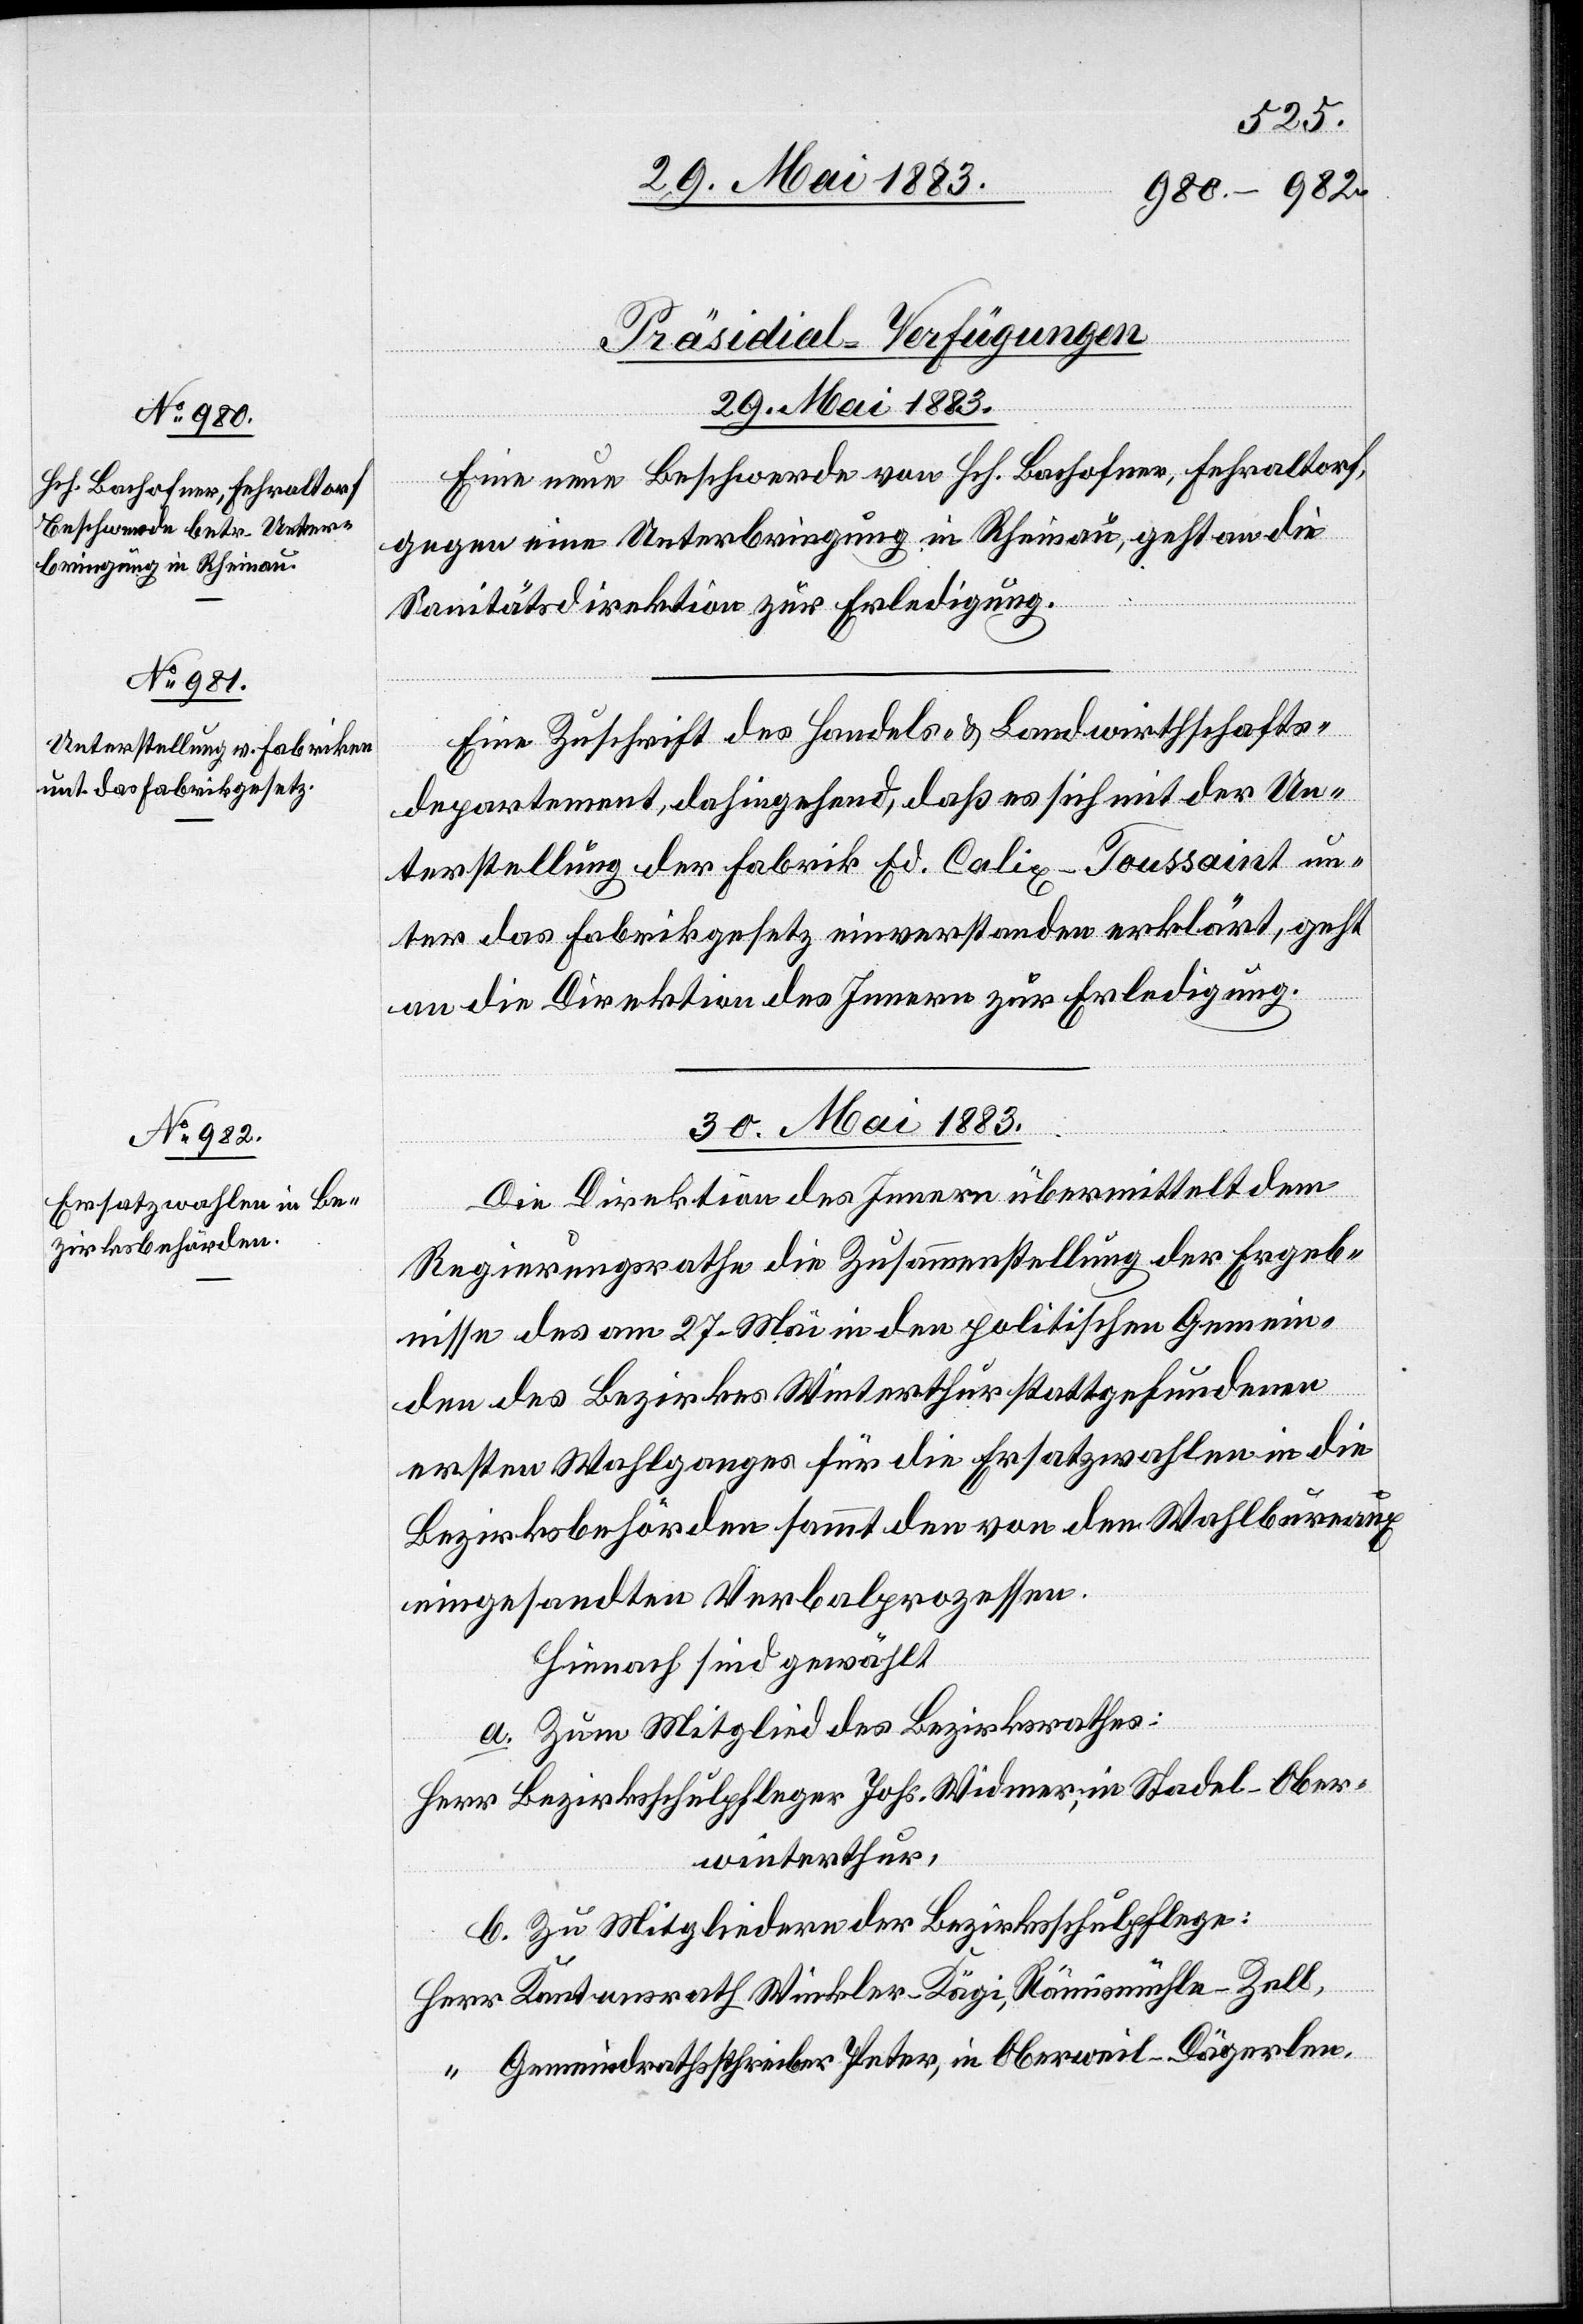
[Präsidial-Verfügungen]
29. Mai 1883.]
Eine neue Beschwerde von Hch. Bachofner, Fehraltorf,
gegen eine Unterbringung in Rheinau, geht an die
Sanitätsdirektion zur Erledigung.
Eine Zuschrift des Handels- & Landwirthschafts¬
departement, dahingehend, daß es sich mit der Un¬
terstellung der Fabrik Ed. Calix-Toussaint un¬
ter das Fabrikgesetz einverstanden erklärt, geht
an die Direktion des Innern zur Erledigung.
30. Mai 1883.
Die Direktion des Innern übermittelt dem
Regierungsrathe die Zusammenstellung der Ergeb¬
nisse des am 27. Mai in den politischen Gemein¬
den des Bezirkes Winterthur stattgefundenen
ersten Wahlganges für die Ersatzwahlen in die
Bezirksbehörden sammt den von den Wahlbureaux
eingesandten Verbalprozessen.
Hienach sind gewählt
a. Zum Mitglied des Bezirksrathes:
Herr Bezirksschulpfleger Johs. Widmer, in Stadel - Ober¬
winterthur,
b. Zu Mitgliedern der Bezirksschulpflege:
Herr Kantonsrath Winkler-Kägi, Rämismühle - Zell,
“ Gemeindrathsschreiber Peter, in Oberwil - Dägerlen,